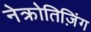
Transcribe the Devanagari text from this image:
नेक्रोतिज़िंग